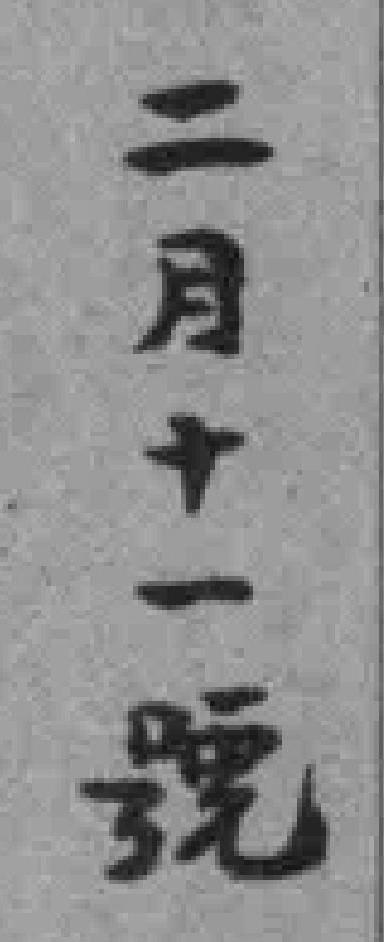
二月十一號